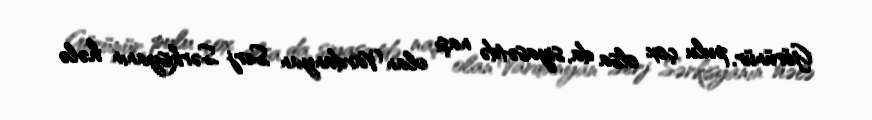
Görünür, pulu çox olsa da, siyasətdə naşı olan Vardanyan Serj Sərkisyanın hələ